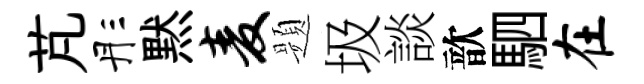
芃彤黙麦题圾談歆駟在